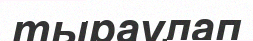
тыраулап